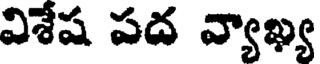
విశేష పద వ్యాఖ్య